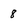
Character: 8